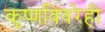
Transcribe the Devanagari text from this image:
कृष्णविवरेही